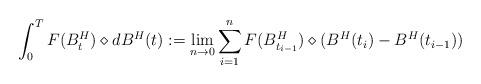
LaTeX: \begin{align*}\int_0^T F(B^{H}_{t}) \diamond dB^{H}(t):= \lim_{n \rightarrow 0} \sum_{i=1}^{n} F(B^{H}_{t_{i-1}}) \diamond (B^{H}(t_{i})-B^{H}(t_{i-1}))\end{align*}